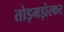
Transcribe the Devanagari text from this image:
तोड़मड़ोरकर